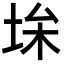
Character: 𡋠